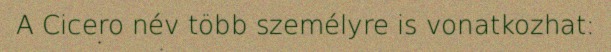
A Cicero név több személyre is vonatkozhat: